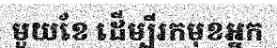
មួយខែ ដើម្បីរកមុខអ្នក